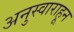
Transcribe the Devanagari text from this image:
अनुस्वाराहून